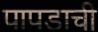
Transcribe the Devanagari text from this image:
पापडाची